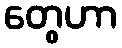
တွေဟာ